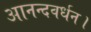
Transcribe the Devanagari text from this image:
आनन्दवर्धन।